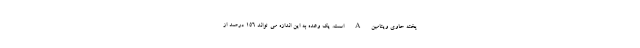
پخته حاوی ویتامین A است. یک وعده به این اندازه می تواند 156 درصد از